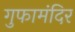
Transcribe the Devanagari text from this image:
गुफामंदिर